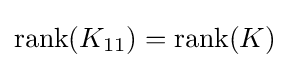
{\textstyle \operatorname {rank} (K_{11})=\operatorname {rank} (K)}